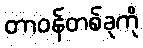
တာဝန်တစ်ခုကို